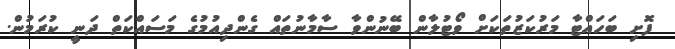
ފޮށި ބަހައްޓާ މަރުކަޒުތަކަށް ވޯޓުލާން ބޭނުންވާ ސާމާނުތައް ގެންދިއުމުގެ މަސައްކަތް ދަނީ ކުރަމުން.